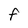
Character: f